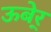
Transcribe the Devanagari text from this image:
ऊबेर्